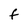
Character: f